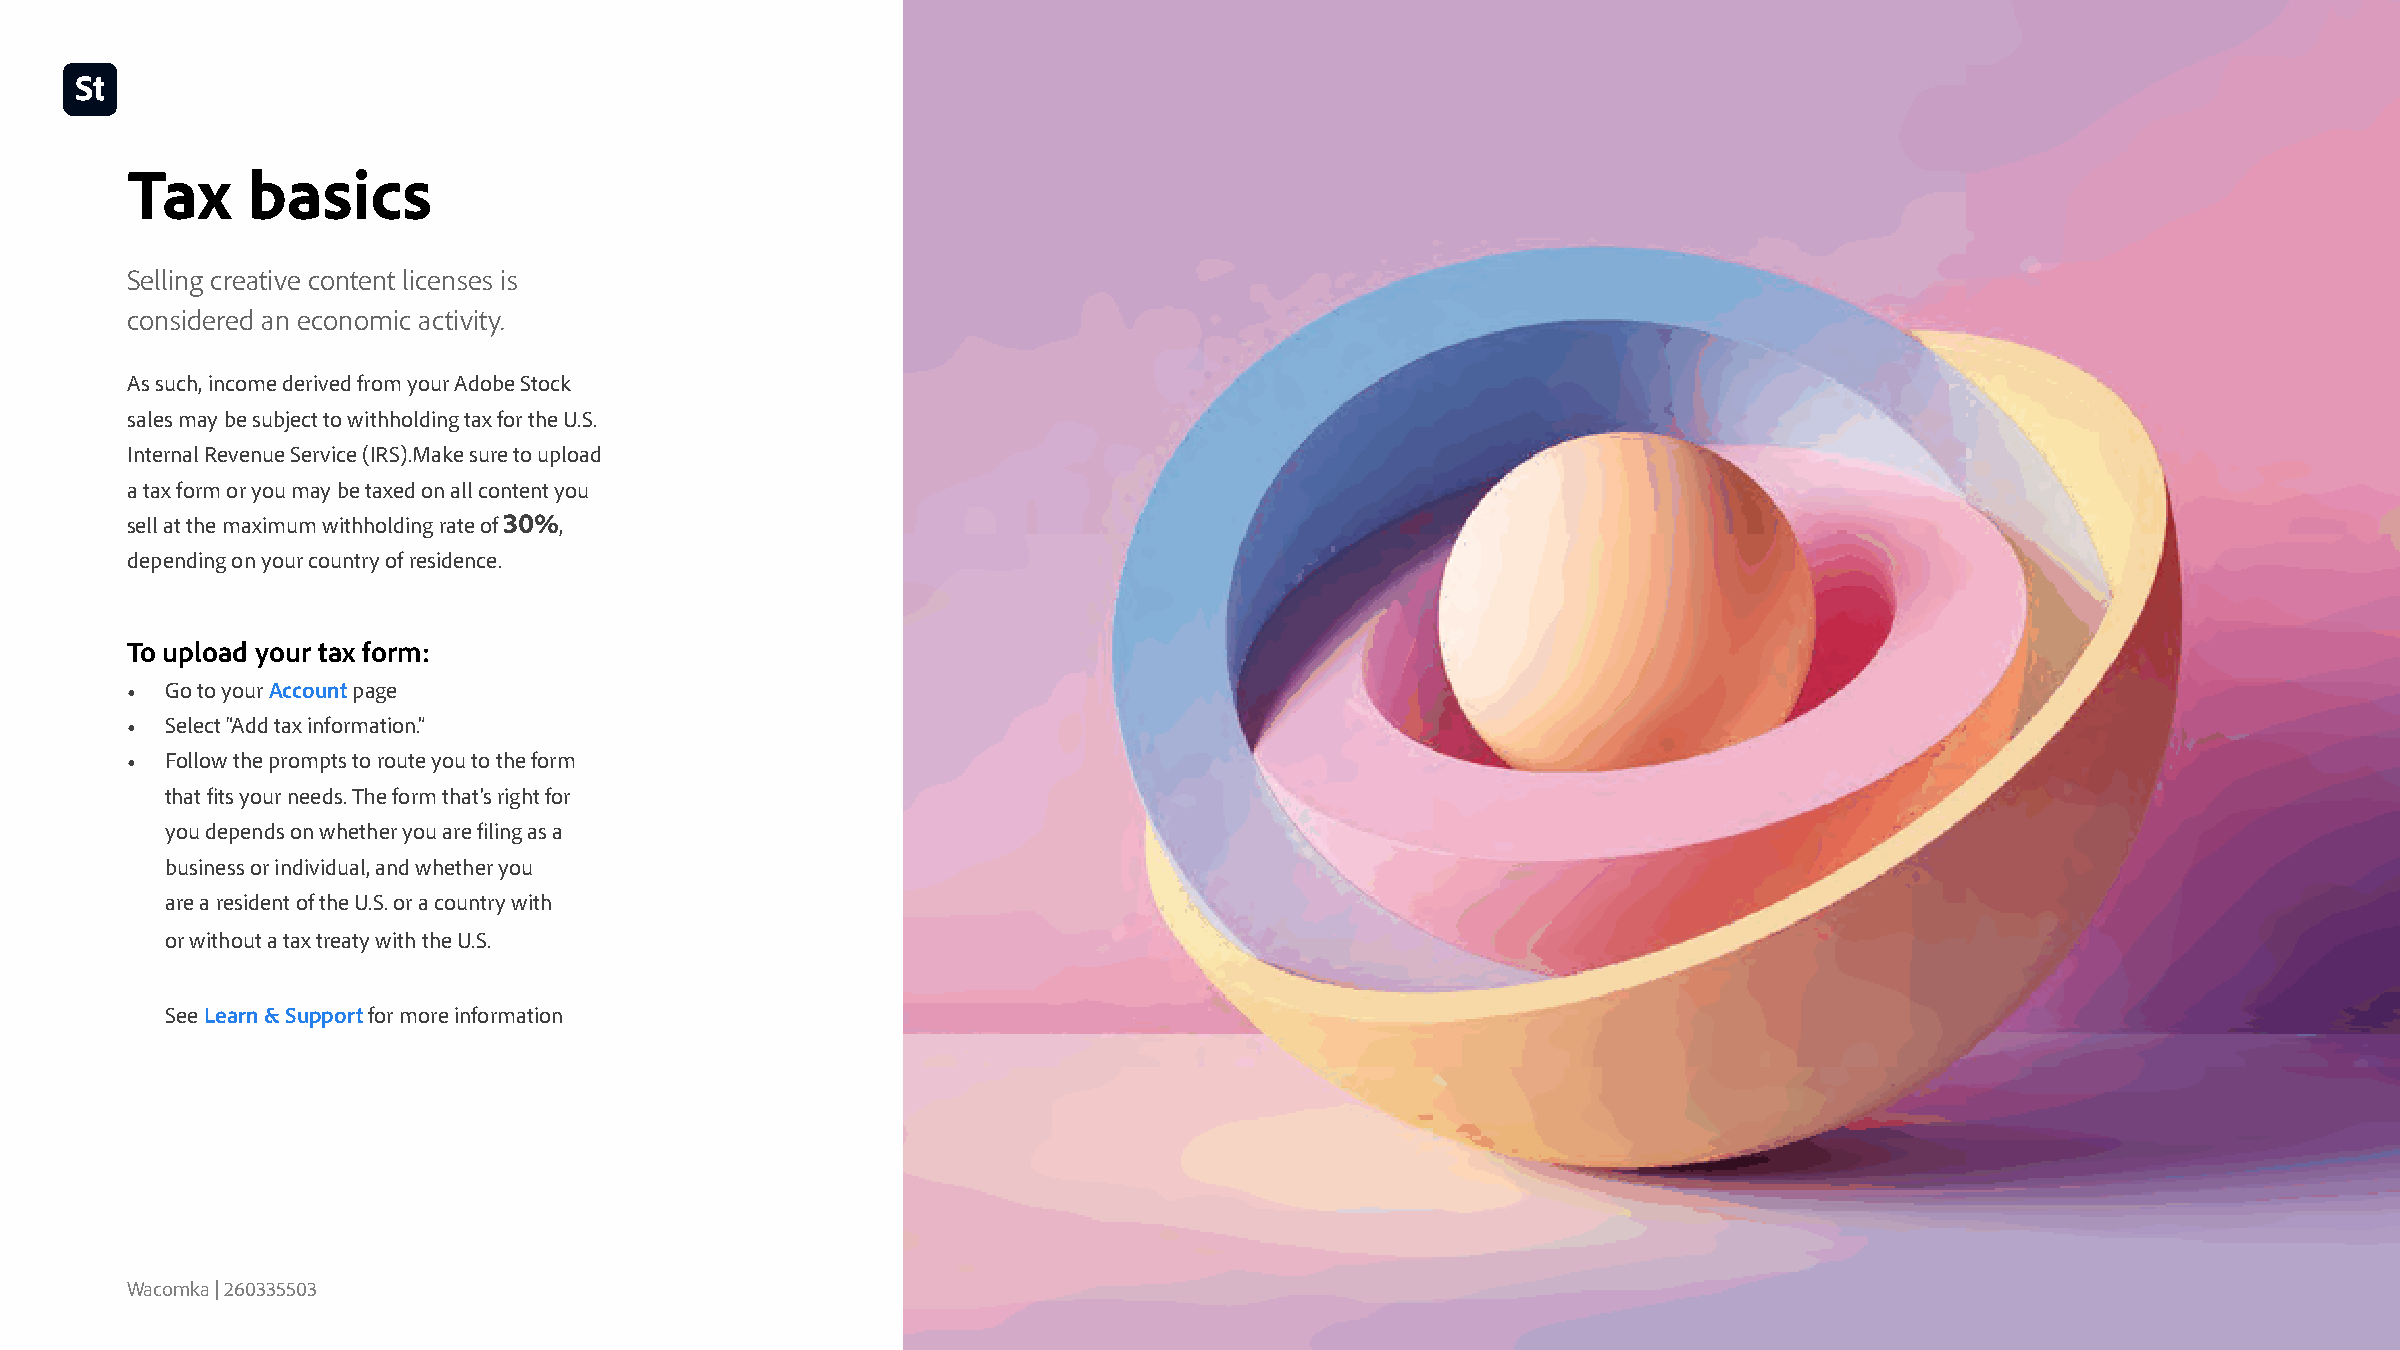
Tax     basics
 Selling creative content licenses is
 considered an economic activity.
 As such, income derived from your Adobe Stock
 sales may be subject to withholding tax for the U.S.
 Internal Revenue Service (IRS).Make sure to upload
 a tax form or you may be taxed on all content you
 sell at the maximum withholding rate of 30%,
 depending on your country of residence.
 To upload your tax form:
 •  Go to your Account page
 •  Select “Add tax information.”
 •  Follow the prompts to route you to the form
 that fits your needs. The form that’s right for
 you depends on whether you are filing as a
 business or individual, and whether you
 are a resident of the U.S. or a country with
 or without a tax treaty with the U.S.
 See Learn & Support for more information
 Wacomka | 260335503